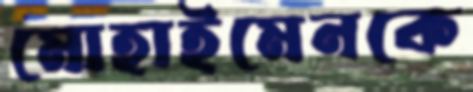
মোহাইমেনকে